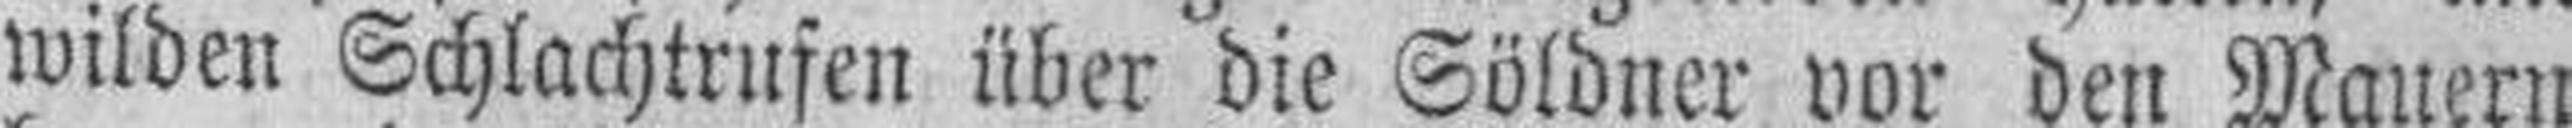
wilden Schlachtrufen über die Söldner vor den Mauern